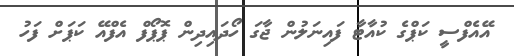
އޭއެފްސީ ކަޕްގެ ކުއާޓާ ފައިނަލުން ޖާގަ ހޯދައިދިން ޕޮޕޯފް އެފްއޭ ކަޕަށް ފަހު